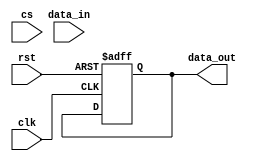
module spi_master (
    input wire clk,
    input wire rst,
    input wire cs,
    input wire data_in,
    output reg data_out
);

reg [7:0] data_tx;
reg [7:0] data_rx;
reg [3:0] state;

parameter IDLE = 4'b0000;
parameter SELECT_SLAVE = 4'b0001;
parameter SEND_DATA = 4'b0010;
parameter RECEIVE_DATA = 4'b0011;

always @ (posedge clk or posedge rst) begin
    if (rst) begin
        state <= IDLE;
        data_tx <= 8'h00;
        data_rx <= 8'h00;
        data_out <= 8'h00;
    end else begin
        case (state)
            IDLE:
                if (cs) begin
                    state <= SELECT_SLAVE;
                end
            SELECT_SLAVE:
                begin
                    // Select slave device
                    state <= SEND_DATA;
                end
            SEND_DATA:
                begin
                    // Send data
                    state <= RECEIVE_DATA;
                end
            RECEIVE_DATA:
                begin
                    // Receive data
                    state <= IDLE;
                end
        endcase
    end
end

endmodule